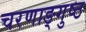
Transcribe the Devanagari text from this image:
चरणाङ्गुष्ठ